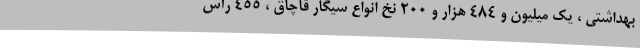
بهداشتی ، یک میلیون و 484 هزار و 200 نخ انواع سیگار قاچاق ، 455 رأس